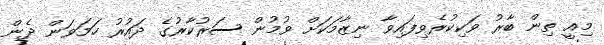
މިއީ ތިން ބާރު ވަކިކުރެވިފައިވާ ނިޒާމަކަށް ވުމުން ސަރުކާރުގެ ދައުރު ހަމަވަން ދެން